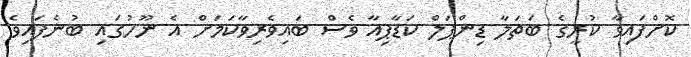
ކޮށްފައިވާ ކުރީގެ ބަތަލާ ޑިންޕަލް ކަޑާޕިއާ ވެސް ބައިވެރިވާކަމަށް އެ ނޫހުގައި ބުނެފައިވެ